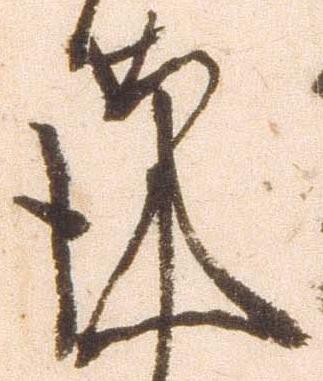
謹